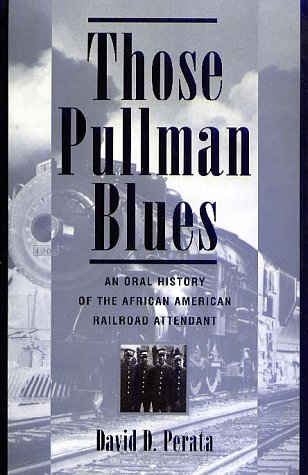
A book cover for Those Pullman Blues: An Oral History of the African-American Railroad Attendant (Twayne's Oral History Series); David Perata; Business & Money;